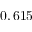
0 , 6 1 5